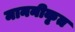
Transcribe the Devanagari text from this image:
माननीकृत